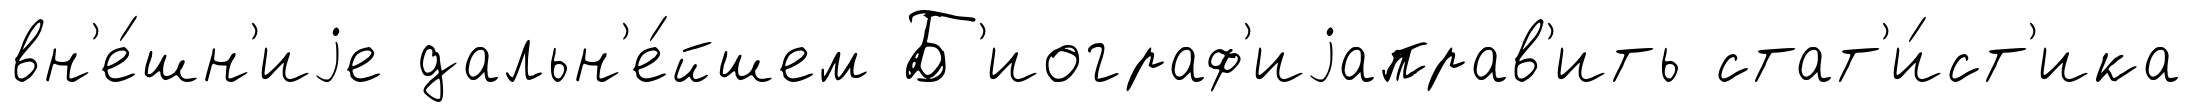
вн'е́шн'иjе дальн'е́йшем Б'иограф'иjаправ'ить стат'и́ст'ика